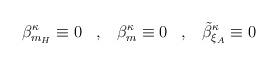
LaTeX: \begin{align*} \beta^{\kappa}_{m_H} \equiv 0 \; \; \; , \; \; \; \beta^{\kappa}_m \equiv 0 \; \; \; , \; \; \; \tilde{\beta}^{\kappa}_{\xi_A} \equiv 0\end{align*}